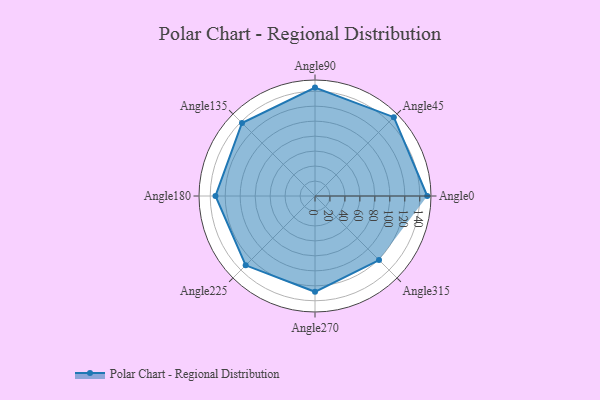
{"axis": {"x": "Angle", "y": "Radius"}, "legend": [""], "data": [{"x": "Angle0", "y": 150.0, "type": ""}, {"x": "Angle45", "y": 149.0, "type": ""}, {"x": "Angle90", "y": 145.0, "type": ""}, {"x": "Angle135", "y": 138.0, "type": ""}, {"x": "Angle180", "y": 133.0, "type": ""}, {"x": "Angle225", "y": 131.0, "type": ""}, {"x": "Angle270", "y": 128.0, "type": ""}, {"x": "Angle315", "y": 121.0, "type": ""}]}